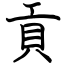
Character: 貢